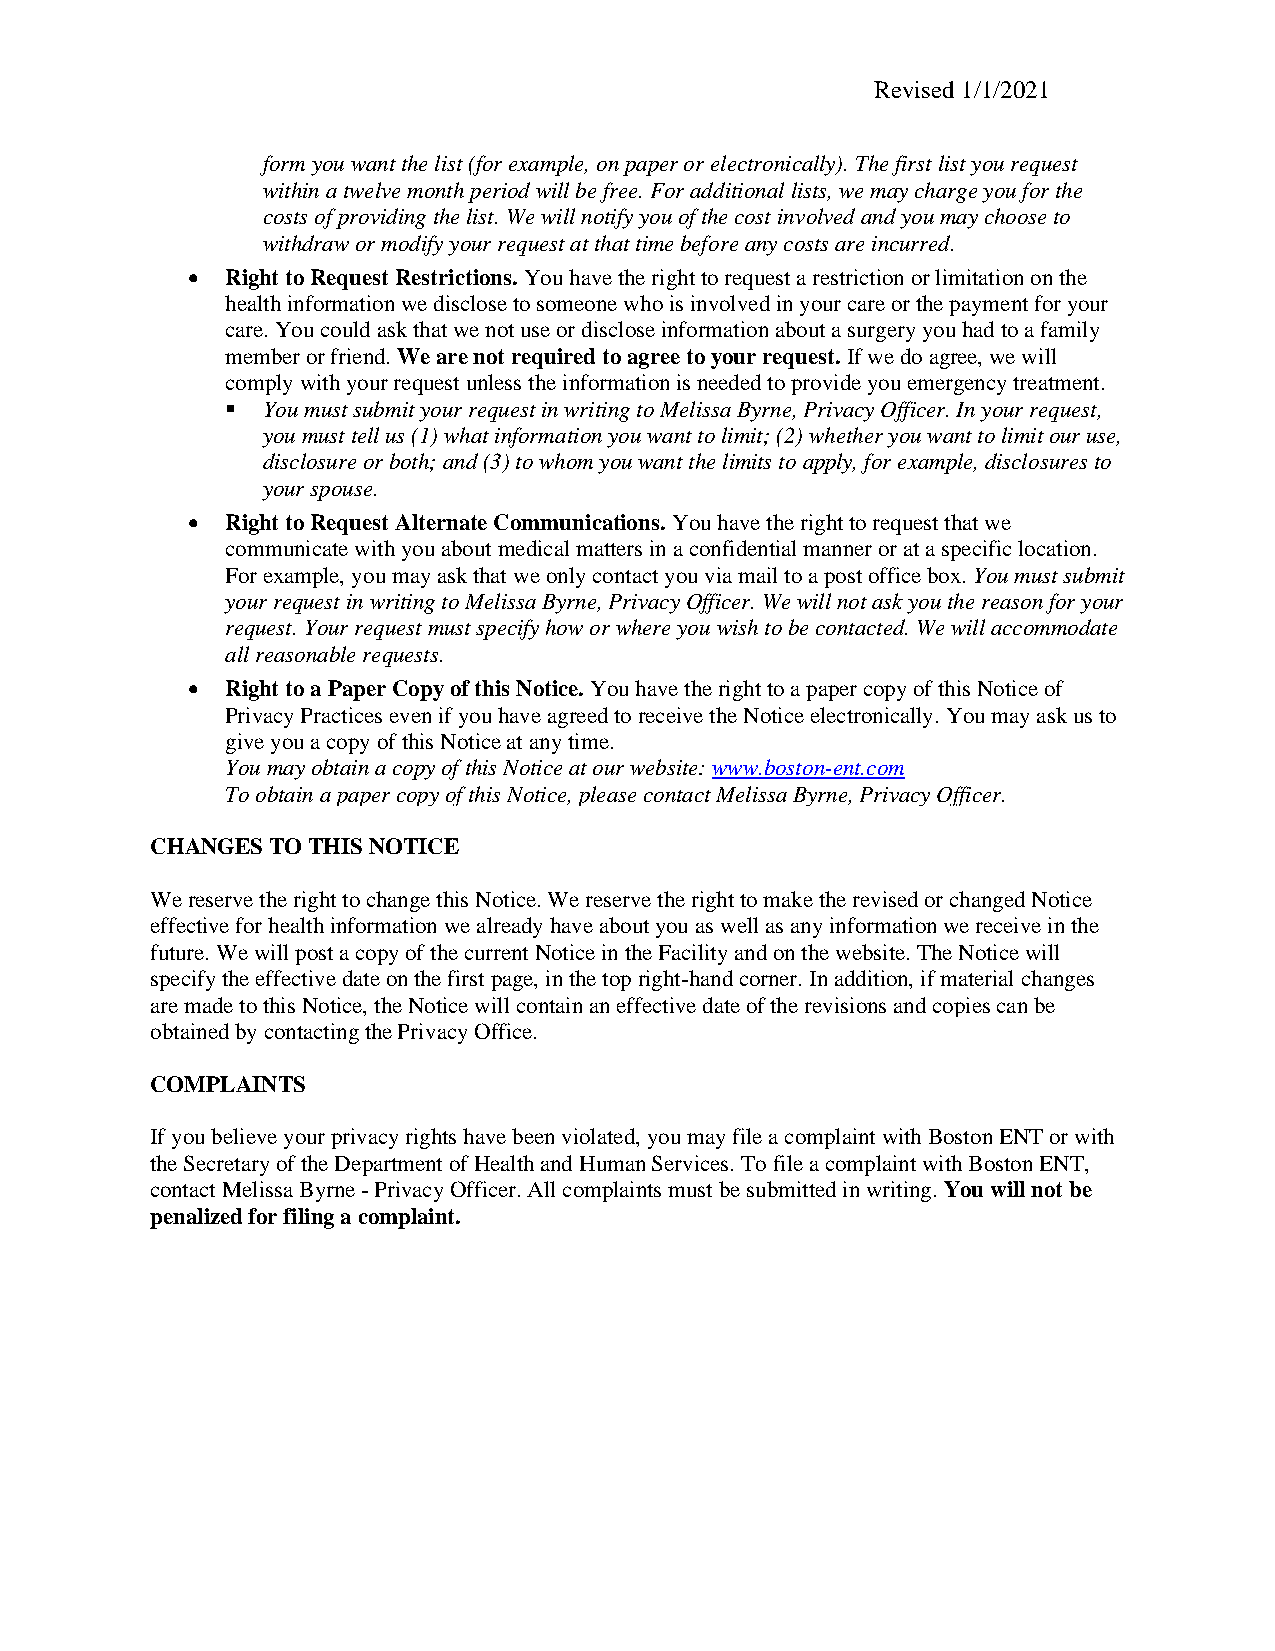
Revised 1/1/2021
 form you want the list (for example, on paper or electronically). The first list you request
 within a twelve month period will be free. For additional lists, we may charge you for the
 costs of providing the list. We will notify you of the cost involved and you may choose to
 withdraw or modify your request at that time before any costs are incurred.
 •  Right to Request Restrictions. You have the right to request a restriction or limitation on the
 health information we disclose to someone who is involved in your care or the payment for your
 care. You could ask that we not use or disclose information about a surgery you had to a family
 member or friend. We are not required to agree to your request. If we do agree, we will
 comply with your request unless the information is needed to provide you emergency treatment.
 ▪ You must submit your request in writing to Melissa Byrne, Privacy Officer. In your request,
 you must tell us (1) what information you want to limit; (2) whether you want to limit our use,
 disclosure or both; and (3) to whom you want the limits to apply, for example, disclosures to
 your spouse.
 •  Right to Request Alternate Communications. You have the right to request that we
 communicate with you about medical matters in a confidential manner or at a specific location.
 For example, you may ask that we only contact you via mail to a post office box. You must submit
 your request in writing to Melissa Byrne, Privacy Officer. We will not ask you the reason for your
 request. Your request must specify how or where you wish to be contacted. We will accommodate
 all reasonable requests.
 •  Right to a Paper Copy of this Notice. You have the right to a paper copy of this Notice of
 Privacy Practices even if you have agreed to receive the Notice electronically. You may ask us to
 give you a copy of this Notice at any time.
 You may obtain a copy of this Notice at our website: www.boston-ent.com
 To obtain a paper copy of this Notice, please contact Melissa Byrne, Privacy Officer.
 CHANGES TO THIS NOTICE
 We reserve the right to change this Notice. We reserve the right to make the revised or changed Notice
 effective for health information we already have about you as well as any information we receive in the
 future. We will post a copy of the current Notice in the Facility and on the website. The Notice will
 specify the effective date on the first page, in the top right-hand corner. In addition, if material changes
 are made to this Notice, the Notice will contain an effective date of the revisions and copies can be
 obtained by contacting the Privacy Office.
 COMPLAINTS
 If you believe your privacy rights have been violated, you may file a complaint with Boston ENT or with
 the Secretary of the Department of Health and Human Services. To file a complaint with Boston ENT,
 contact Melissa Byrne - Privacy Officer. All complaints must be submitted in writing. You will not be
 penalized for filing a complaint.